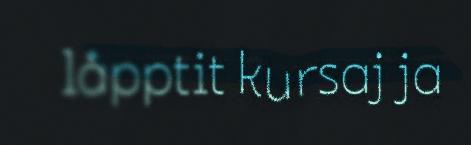
låpptit kursaj ja